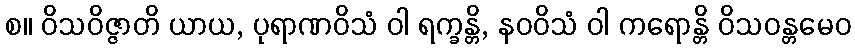
စ။ ဝိသဝိဇ္ဇာတိ ယာယ, ပုရာဏဝိသံ ဝါ ရက္ခန္တိ, နဝဝိသံ ဝါ ကရောန္တိ ဝိသဝန္တမေဝ